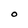
Character: O